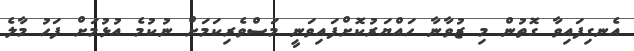
އެނގިފައިވާ ގޮތުން މި ޒުވާނާ ހައްޔަރުކޮށްފައިވަނީ މަސްވެރިކަމަށް ނުކުމެ އުޅުމަށް ފަހު މާލެ